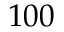
1 0 0